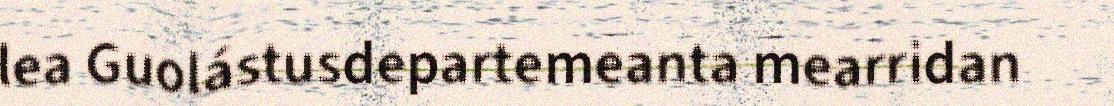
lea Guolástusdepartemeanta mearridan